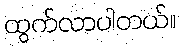
ထွက်လာပါတယ်။